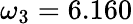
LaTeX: \omega_{3}=6.160